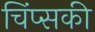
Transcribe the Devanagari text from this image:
चिंप्सकी